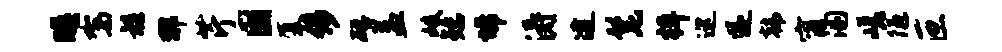
暝驾髓那芹固厦侈磴益岐矮埽涛逮髦棹巡遂韩甯溷嵯陋叵